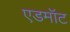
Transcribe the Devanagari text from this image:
एडमॉट